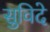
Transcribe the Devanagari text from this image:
सुविदे